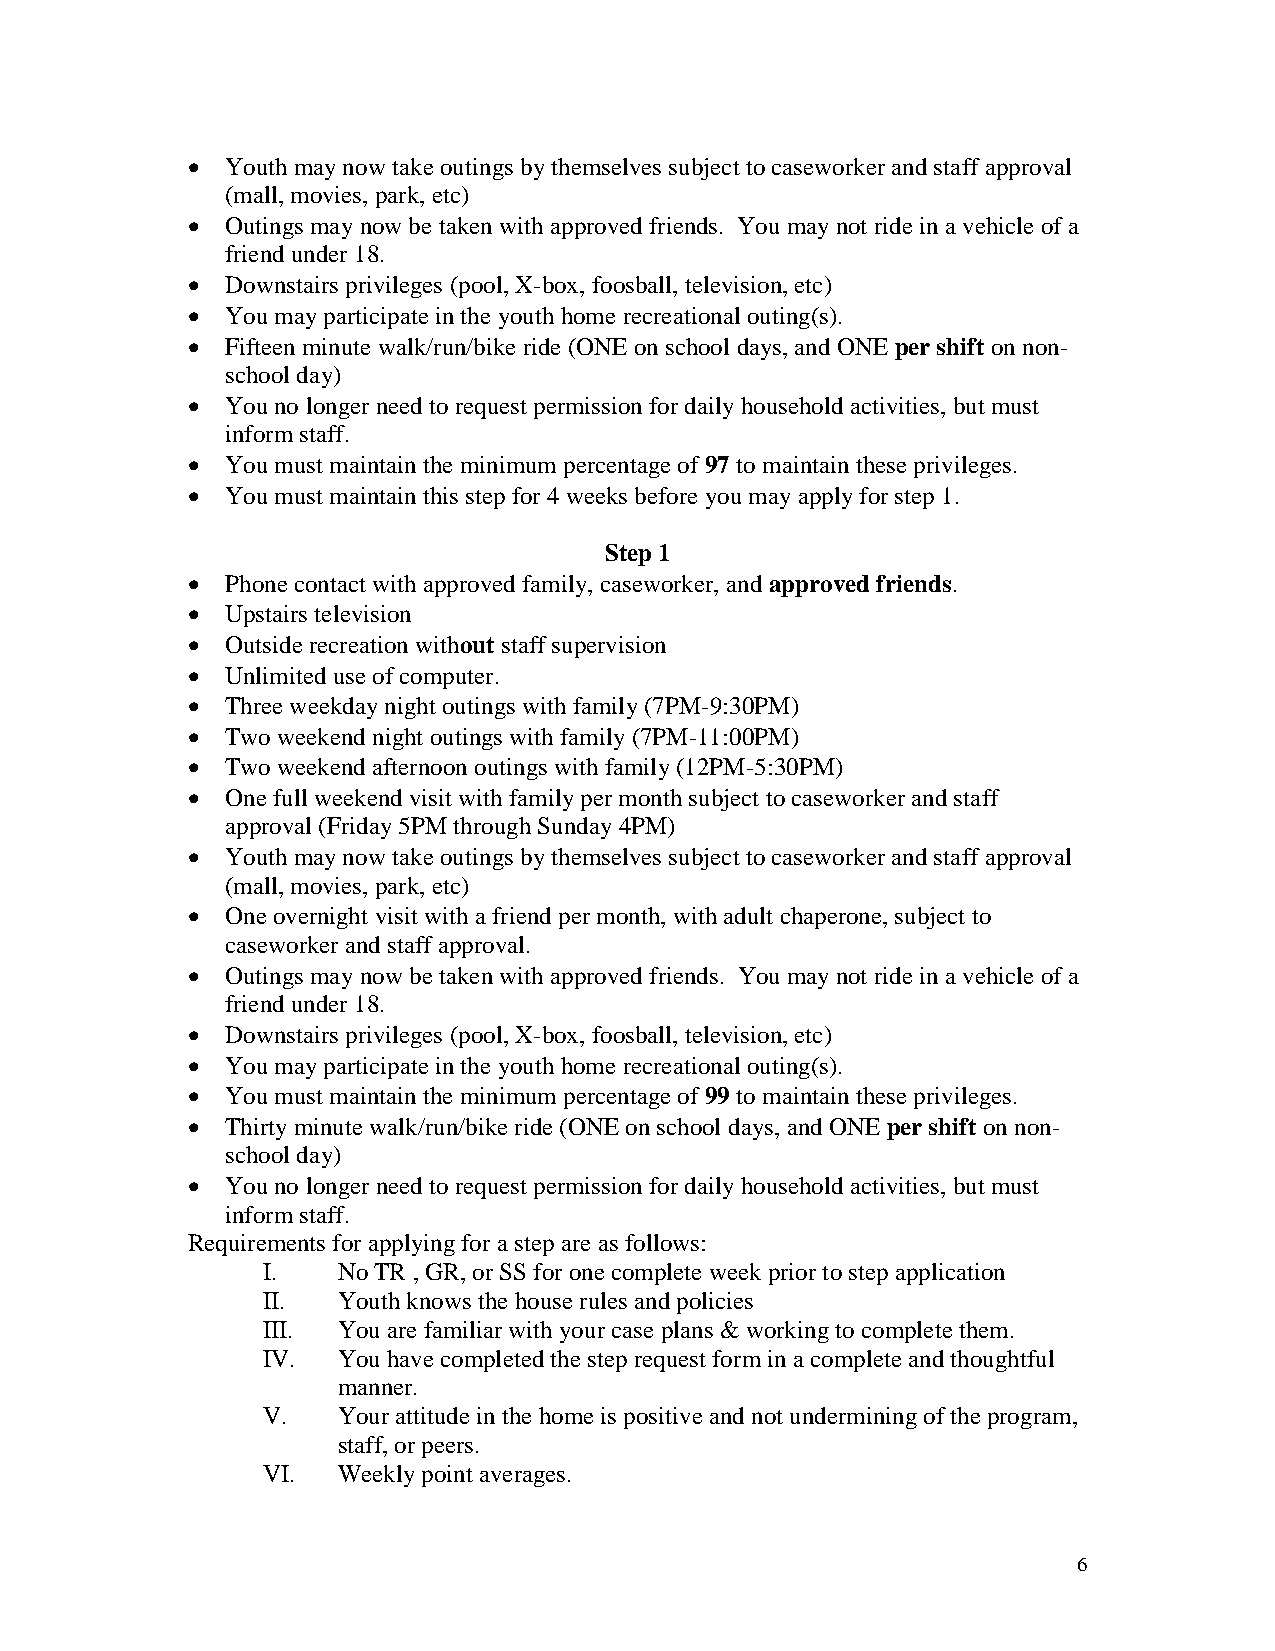
  Youth may now take outings by themselves subject to caseworker and staff approval
 (mall, movies, park, etc)
   Outings may now be taken with approved friends. You may not ride in a vehicle of a
 friend under 18.
   Downstairs privileges (pool, X-box, foosball, television, etc)
   You may participate in the youth home recreational outing(s).
   Fifteen minute walk/run/bike ride (ONE on school days, and ONE per shift on non-
 school day)
   You no longer need to request permission for daily household activities, but must
 inform staff.
   You must maintain the minimum percentage of 97 to maintain these privileges.
   You must maintain this step for 4 weeks before you may apply for step 1.
 Step 1
   Phone contact with approved family, caseworker, and approved friends.
   Upstairs television
   Outside recreation without staff supervision
   Unlimited use of computer.
   Three weekday night outings with family (7PM-9:30PM)
   Two weekend night outings with family (7PM-11:00PM)
   Two weekend afternoon outings with family (12PM-5:30PM)
   One full weekend visit with family per month subject to caseworker and staff
 approval (Friday 5PM through Sunday 4PM)
   Youth may now take outings by themselves subject to caseworker and staff approval
 (mall, movies, park, etc)
   One overnight visit with a friend per month, with adult chaperone, subject to
 caseworker and staff approval.
   Outings may now be taken with approved friends. You may not ride in a vehicle of a
 friend under 18.
   Downstairs privileges (pool, X-box, foosball, television, etc)
   You may participate in the youth home recreational outing(s).
   You must maintain the minimum percentage of 99 to maintain these privileges.
   Thirty minute walk/run/bike ride (ONE on school days, and ONE per shift on non-
 school day)
   You no longer need to request permission for daily household activities, but must
 inform staff.
 Requirements for applying for a step are as follows:
 I.   No TR , GR, or SS for one complete week prior to step application
 II.  Youth knows the house rules and policies
 III. You are familiar with your case plans & working to complete them.
 IV.  You have completed the step request form in a complete and thoughtful
 manner.
 V.   Your attitude in the home is positive and not undermining of the program,
 staff, or peers.
 VI.  Weekly point averages.
 6